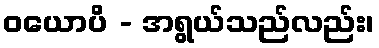
ဝယောပိ - အရွယ်သည်လည်း၊